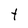
Character: t